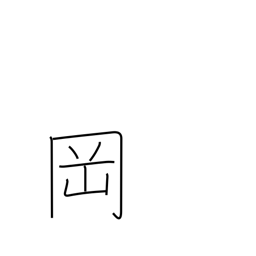
Meaning: knoll